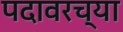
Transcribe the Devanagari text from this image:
पदावरच्या